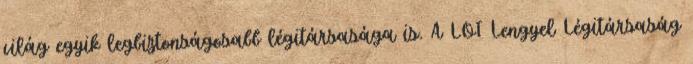
világ egyik legbiztonságosabb légitársasága is. A LOT Lengyel Légitársaság